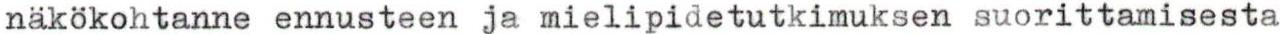
näkökohtanne ennusteen ja mielipidetutkimuksen suorittamisesta